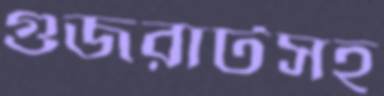
গুজরাটসহ